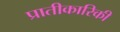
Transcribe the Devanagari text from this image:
प्रातीकारिकी